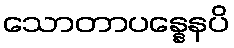
သောတာပန္နေနပိ